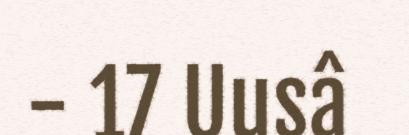
- 17 Uusâ